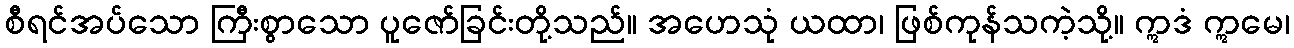
စီရင်အပ်သော ကြီးစွာသော ပူဇော်ခြင်းတို့သည်။ အဟေသုံ ယထာ၊ ဖြစ်ကုန်သကဲ့သို့။ ဣဒံ ဣမေ၊